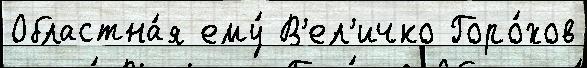
Областна́я ему́ В'ел'ичко Горо́хов